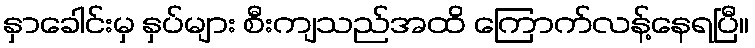
နှာခေါင်းမှ နှပ်များ စီးကျသည်အထိ ကြောက်လန့်နေရပြီ။